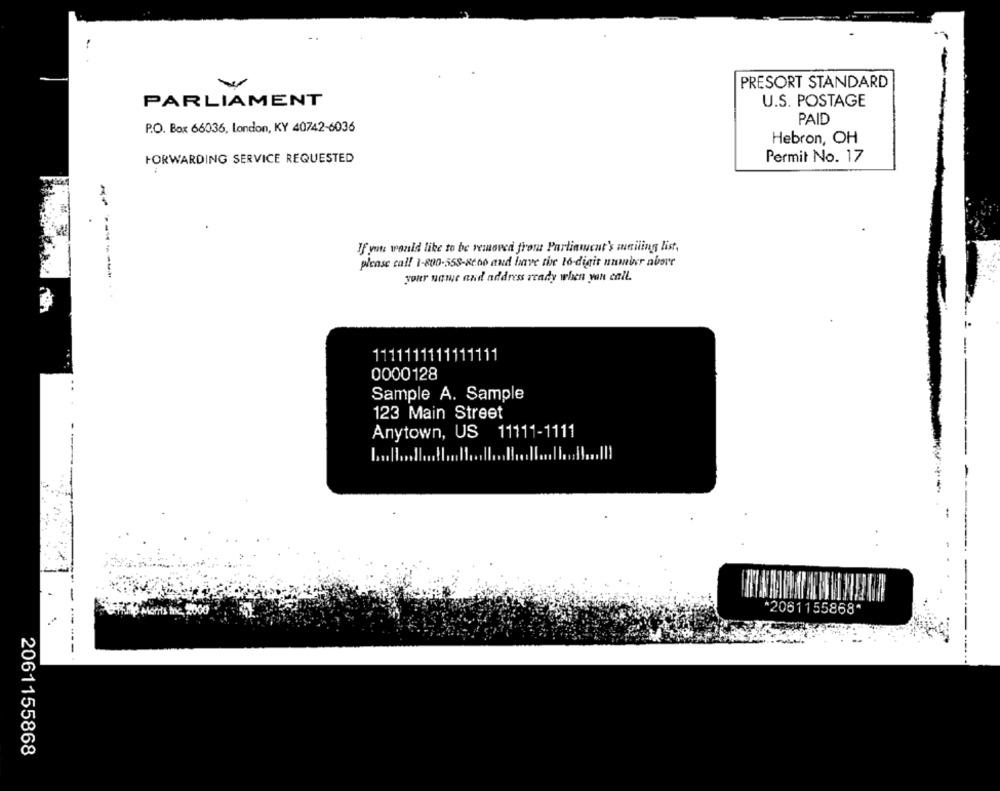
..
-
PRESORT STANDARD
PARLIAMENT
U.S. POSTAGE
PAID
P.O. Box 66036, London, KY 40742-6036
Hebron, OH
FORWARDING SERVICE REQUESTED
Permit No. 17
If you would like to be removed froma Partinwent's mailing list,
please call 1-800-558-8660 and have the lo-digit number nuove
your name and address ready when yan call.
-------
1111111111111111
0000128
Sample A. Sample
123 Main Street
Anytown, US 11111-1111
*2061155868*
Re 2000
2061155868